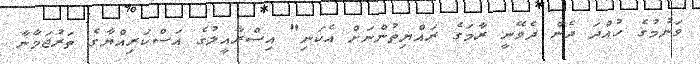
ވަނުމުގެ ހުއްދަ ދެން ދެވޭނީ ރާމަގެ ރައްޔިތުންނަށް އެކަނި" އިސްރާއީލުގެ އަސްކަރިއްޔާގެ ތަރުޖަމާނާ